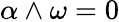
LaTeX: \alpha\wedge\omega=0